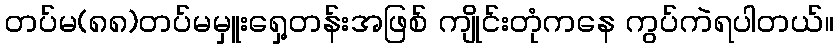
တပ်မ(၈၈)တပ်မမှူးရှေ့တန်းအဖြစ် ကျိုင်းတုံကနေ ကွပ်ကဲရပါတယ်။